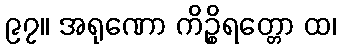
၉၇။ အရုဏော ကိဉ္စိရတ္တော ထ၊